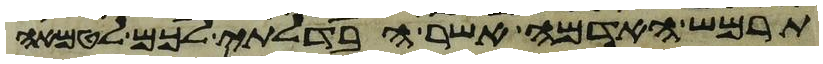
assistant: תרמש האדמה אשר הבדלתי לכם לטמאה